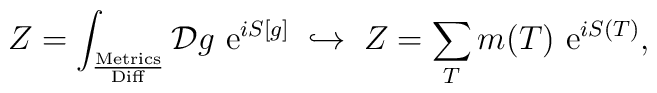
Z=\int_{\frac{\rm Metrics}{\rm Diff}}{\cal D}g\ {\rm e}^{iS[g]}\; \hookrightarrow\; Z= \sum_{T}m(T)\ {\rm e}^{iS(T)},